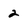
Character: 2